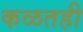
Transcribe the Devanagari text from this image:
कळतही